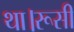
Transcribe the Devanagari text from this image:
था।रूसी